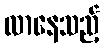
လာနေသည့်